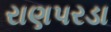
રાણપરડા